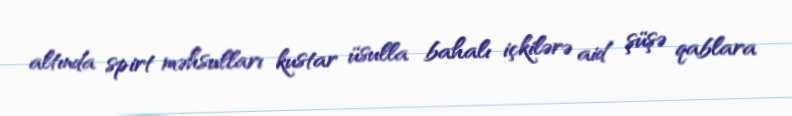
altında spirt məhsulları kustar üsulla bahalı içkilərə aid şüşə qablara